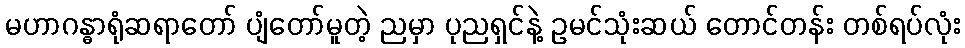
မဟာဂန္ဓာရုံဆရာတော် ပျံတော်မူတဲ့ ညမှာ ပုညရှင်နဲ့ ဥမင်သုံးဆယ် တောင်တန်း တစ်ရပ်လုံး